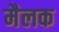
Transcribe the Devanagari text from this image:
मैलक